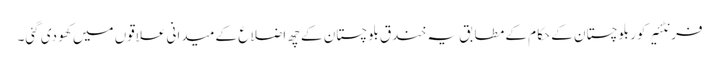
فرنٹئیر کور بلوچستان کے حکام کے مطابق یہ خندق بلوچستان کے چھ اضلاع کے میدانی علاقوں میں کھو دی گئی۔